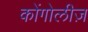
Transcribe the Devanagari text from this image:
कोंगोलीज़